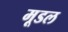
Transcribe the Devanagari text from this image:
मूडल